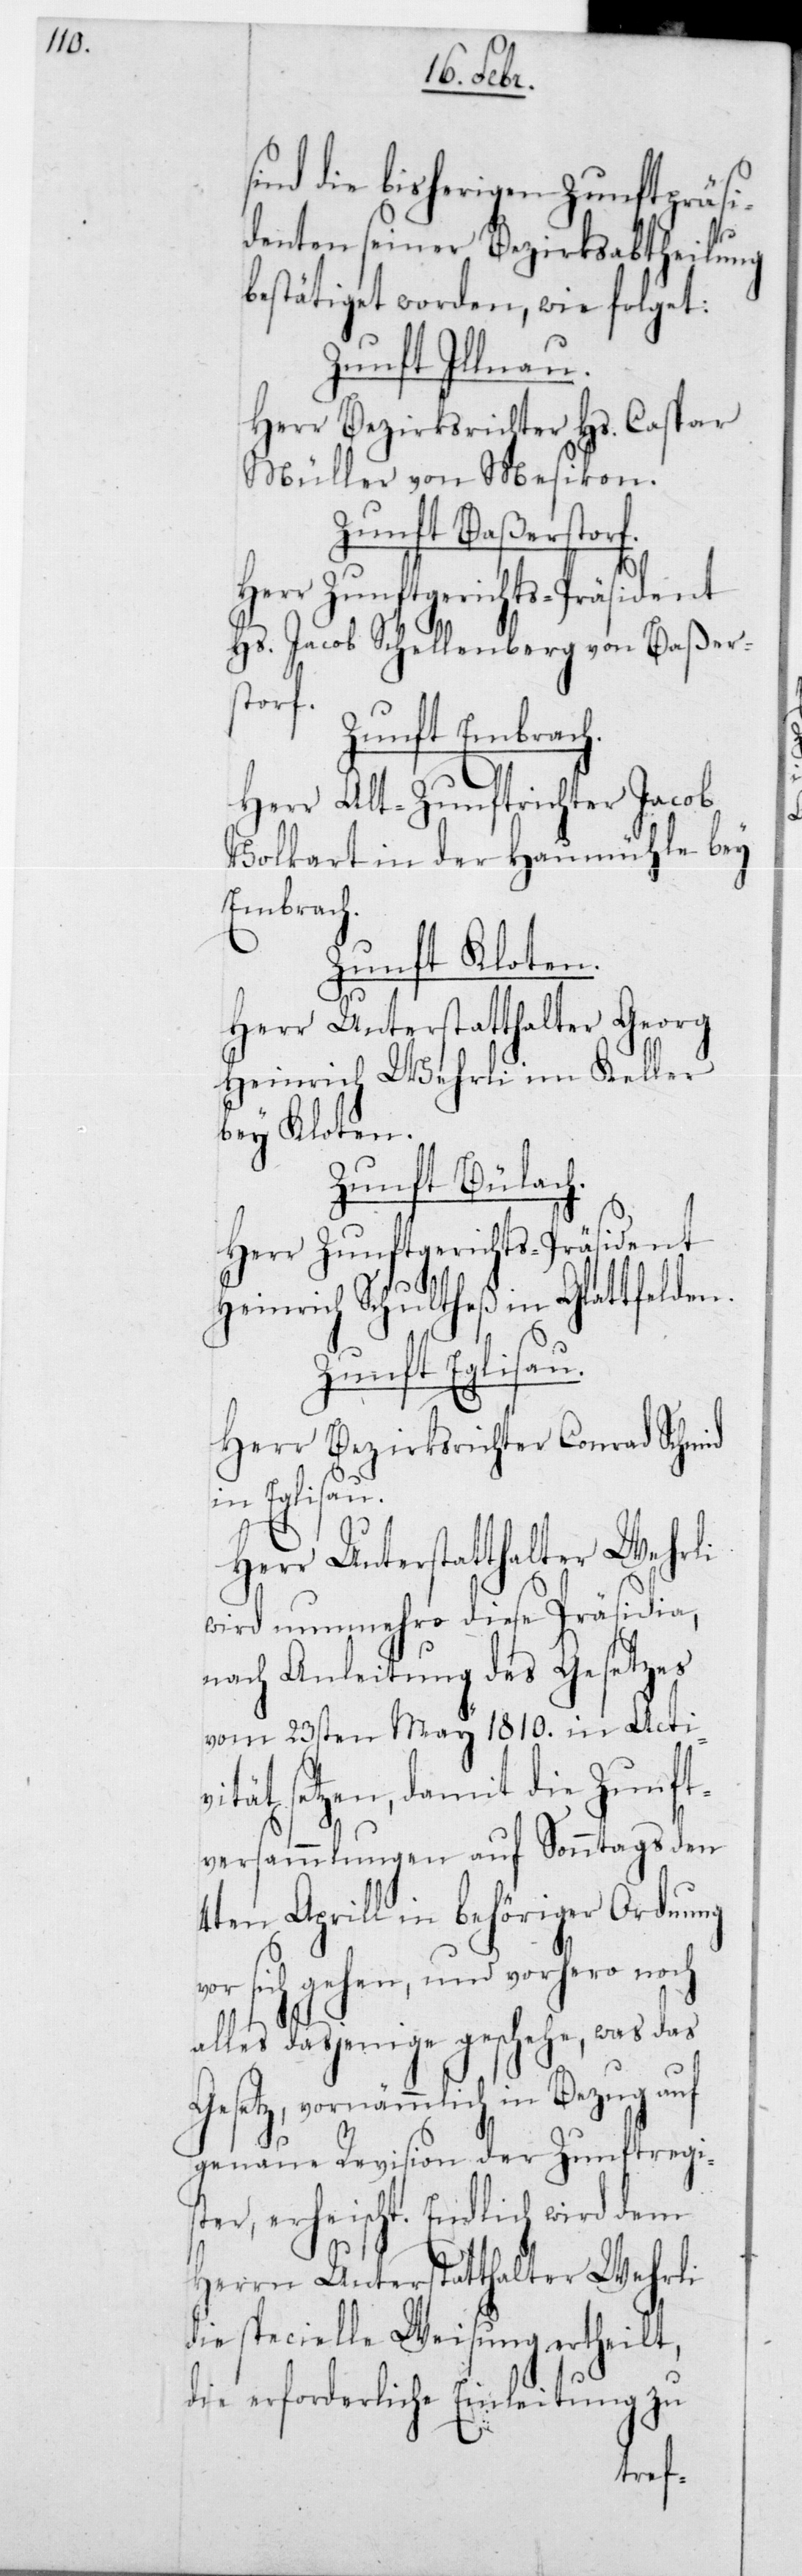
sind die bisherigen Zunftpräsi¬
denten seiner Bezirksabtheilung
bestätiget worden, wie folget:
Zunft Illnau.
Herr Bezirksrichter Hs. Caspar
Müller von Mesikon.
Zunft Baßerstorf.
Hs. Jacob Schellenberg von Baßer¬
storf.
Zunft Embrach.
Herr Alt-Zunftrichter Jacob
Volkart in der Haumühle bey
Embrach.
Zunft Kloten.
Herr Unterstatthalter Georg
Heinrich Wehrli im Keller
bey Kloten.
Zunft Bülach.
Herr Zunftgerichts-Präsident
Heinrich Schultheß in Glattfelden.
Zunft Eglisau.
Herr Bezirksrichter Conrad Schmid
in Eglisau.
wird nunmehro diese Präsidia,
nach Anleitung des Gesetzes
vom 23sten May 1810 in Acti¬
vität setzen, damit die Zunft¬
versamlungen auf Sonntags den
4ten Aprill in behöriger Ordnung
vor sich gehen, und vorhero noch
alles dasjenige geschehe, was das
Gesetz, vornämmlich in Bezug auf
genaue Revision der Zunftregis¬
ter, erheischt. Endlich wird dem
Herrn Unterstatthalter Wehrli
die specielle Weisung ertheilt,
die erforderliche Einleitung zu